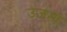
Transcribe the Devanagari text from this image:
उजमा